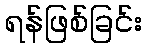
ရန်ဖြစ်ခြင်း